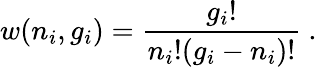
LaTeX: w(n_{i},g_{i})={\frac{g_{i}!}{n_{i}!(g_{i}-n_{i})!}}\ .